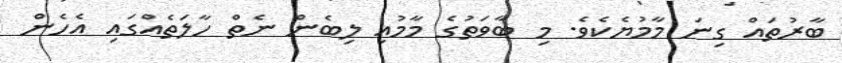
ބާރުތައް ގިނަ މާމުޔެކެވެ. މި ބާވަތުގެ މާމުއި ލިބެން ނެތް ހާލަތެއްގައި އެހެން